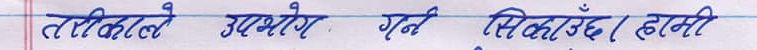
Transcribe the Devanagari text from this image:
तरीकाले उपभोग गर्ने सिफारिस । हानि